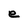
Character: e